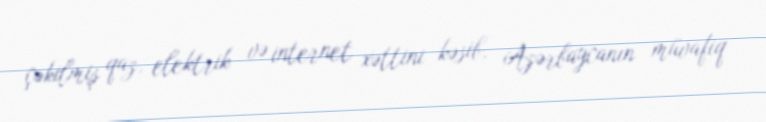
çəkilmiş qaz, elektrik və internet xəttini kəsib, Azərbaycanın müvafiq